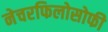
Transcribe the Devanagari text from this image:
नेचरफिलोसोफी